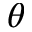
\theta